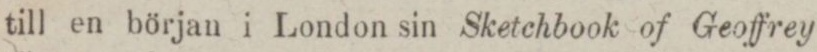
till en början i London sin Sketchbook of Geoffrey